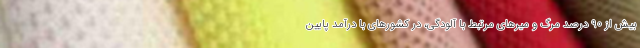
بیش از ۹۰ درصد مرگ و میرهای مرتبط با آلودگی، در کشورهای با درآمد پایین